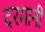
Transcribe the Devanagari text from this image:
दरमानी